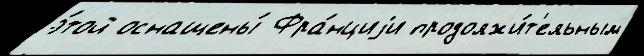
э́той оснащены́ Фра́нциjи продолжи́т'ельным